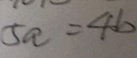
5 a = 4 b